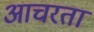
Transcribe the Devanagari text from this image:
आचरतां